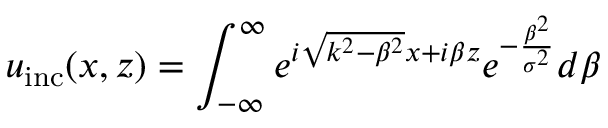
u _ { \mathrm { i n c } } ( x , z ) = \int _ { - \infty } ^ { \infty } e ^ { i \sqrt { k ^ { 2 } - \beta ^ { 2 } } x + i \beta z } e ^ { - \frac { \beta ^ { 2 } } { \sigma ^ { 2 } } } d \beta